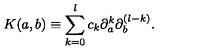
K ( a , b ) \equiv \sum _ { k = 0 } ^ { l } c _ { k } \partial _ { a } ^ { k } \partial _ { b } ^ { ( l - k ) } .